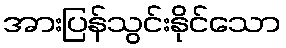
အားပြန်သွင်းနိုင်သော